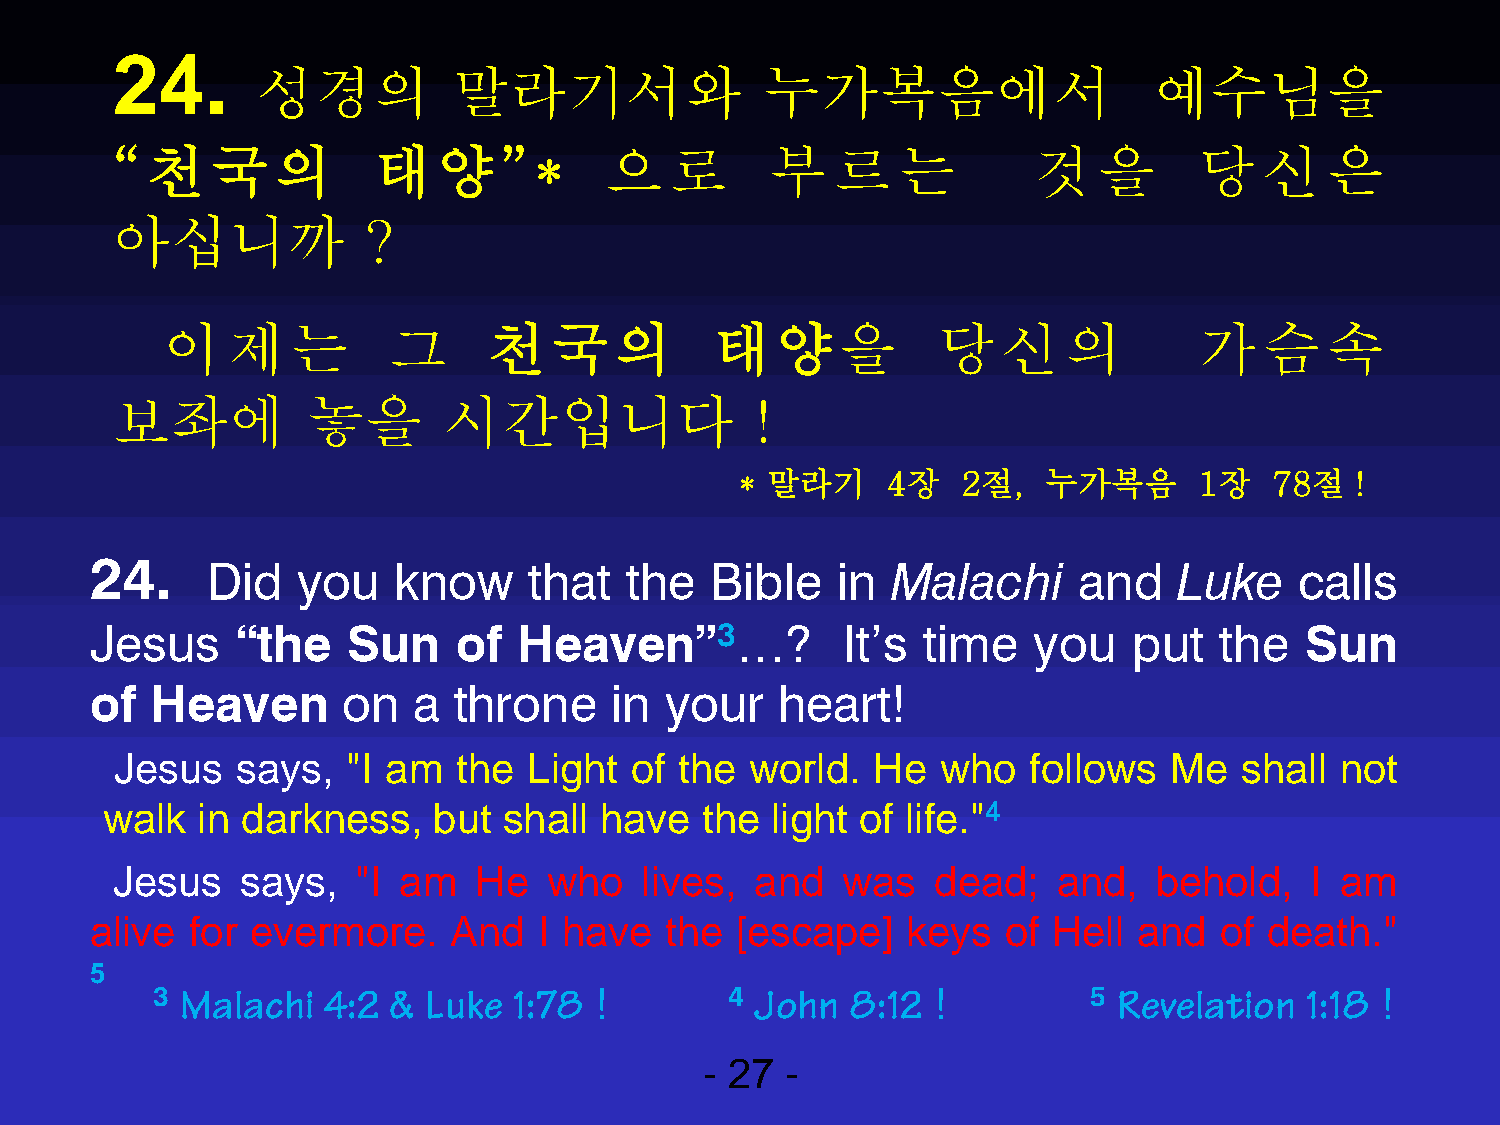
24.
 성경의          말라기서와               누가복음에서                    예수님을
 “천국의              태양”*           으   로      부   르   는        것    을     당신       은
 아십니까             ?
 이제는            그     천국의            태양을            당신의              가슴속
 보좌에          놓을       시간입니다                !
 * 말라기     4장   2절,  누가복음      1장   78절   !
 24.
 Did   you   know     that  the   Bible   in  Malachi     and    Luke    calls
 Jesus     “the   Sun    of  Heaven”3…?            It’s time   you    put   the  Sun
 of  Heaven       on  a  throne    in  your   heart!
 Jesus   says,  "I am  the  Light  of the  world.  He  who   follows  Me   shall  not
 walk  in darkness,    but shall  have  the  light of life."4
 Jesus    says,   "I am  He   who   lives,  and   was   dead;   and,   behold,   I am
 alive for  evermore.    And   I have  the  [escape]   keys   of Hell and   of death."
 5
 3 Malachi   4:2 & Luke  1:78 !        4 John  8:12  !         5 Revelation  1:18 !
 - 27 -